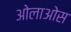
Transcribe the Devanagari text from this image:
ओलाओस